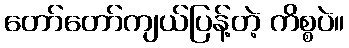
တော်တော်ကျယ်ပြန့်တဲ့ ကိစ္စပဲ။